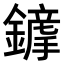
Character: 𨬦